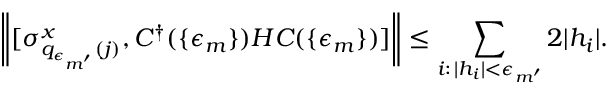
\left\| [ \sigma _ { q _ { \epsilon _ { m ^ { \prime } } } ( j ) } ^ { x } , C ^ { \dagger } ( \{ \epsilon _ { m } \} ) H C ( \{ \epsilon _ { m } \} ) ] \right\| \leq \sum _ { i : \, | h _ { i } | < \epsilon _ { m ^ { \prime } } } 2 | h _ { i } | .